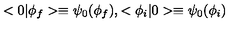
< 0 | \phi _ { f } > \equiv \psi _ { 0 } ( \phi _ { f } ) , < \phi _ { i } | 0 > \equiv \psi _ { 0 } ( \phi _ { i } )